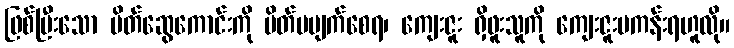
ဖြစ်ပြီးသော မိတ်ဆွေကောင်းကို မိတ်မပျက်စေရ၊ ကျေးဇူး ရှိဖူးသူကို ကျေးဇူးမကန်းရဟူလို။